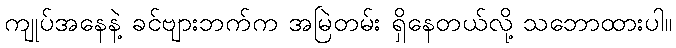
ကျုပ်အနေနဲ့ ခင်ဗျားဘက်က အမြဲတမ်း ရှိနေတယ်လို့ သဘောထားပါ။